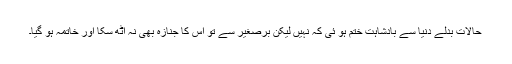
حالات بدلے دنیا سے بادشاہت ختم ہو ئی کہ نہیں لیکن برصغیر سے تو اس کا جنازہ بھی نہ اٹھ سکا اور خاتمہ ہو گیا۔